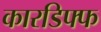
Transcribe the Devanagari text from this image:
कारडिफ्फ